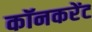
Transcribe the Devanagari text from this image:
कॉनकरेंट